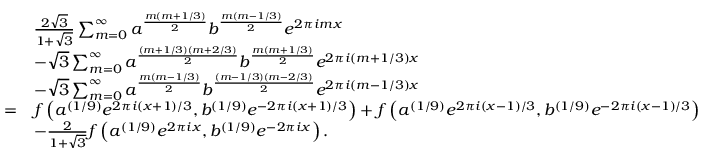
\begin{array} { r l } & { \frac { 2 \sqrt { 3 } } { 1 + \sqrt { 3 } } \sum _ { m = 0 } ^ { \infty } a ^ { \frac { m ( m + 1 / 3 ) } { 2 } } b ^ { \frac { m ( m - 1 / 3 ) } { 2 } } e ^ { 2 \pi i m x } } \\ & { - \sqrt { 3 } \sum _ { m = 0 } ^ { \infty } a ^ { \frac { ( m + 1 / 3 ) ( m + 2 / 3 ) } { 2 } } b ^ { \frac { m ( m + 1 / 3 ) } { 2 } } e ^ { 2 \pi i ( m + 1 / 3 ) x } } \\ & { - \sqrt { 3 } \sum _ { m = 0 } ^ { \infty } a ^ { \frac { m ( m - 1 / 3 ) } { 2 } } b ^ { \frac { ( m - 1 / 3 ) ( m - 2 / 3 ) } { 2 } } e ^ { 2 \pi i ( m - 1 / 3 ) x } } \\ { = } & { f \left( a ^ { ( 1 / 9 ) } e ^ { 2 \pi i ( x + 1 ) / 3 } , b ^ { ( 1 / 9 ) } e ^ { - 2 \pi i ( x + 1 ) / 3 } \right) + f \left( a ^ { ( 1 / 9 ) } e ^ { 2 \pi i ( x - 1 ) / 3 } , b ^ { ( 1 / 9 ) } e ^ { - 2 \pi i ( x - 1 ) / 3 } \right) } \\ & { - \frac { 2 } { 1 + \sqrt { 3 } } f \left( a ^ { ( 1 / 9 ) } e ^ { 2 \pi i x } , b ^ { ( 1 / 9 ) } e ^ { - 2 \pi i x } \right) . } \end{array}